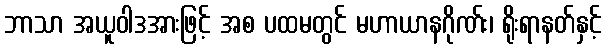
ဘာသာ အယူဝါဒအားဖြင့် အစ ပထမတွင် မဟာယာနဂိုဏ်း၊ ရိုးရာနတ်နှင့်